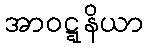
အာဝဋ္ဋနိယာ